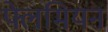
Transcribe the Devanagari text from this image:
फ्लेमियन